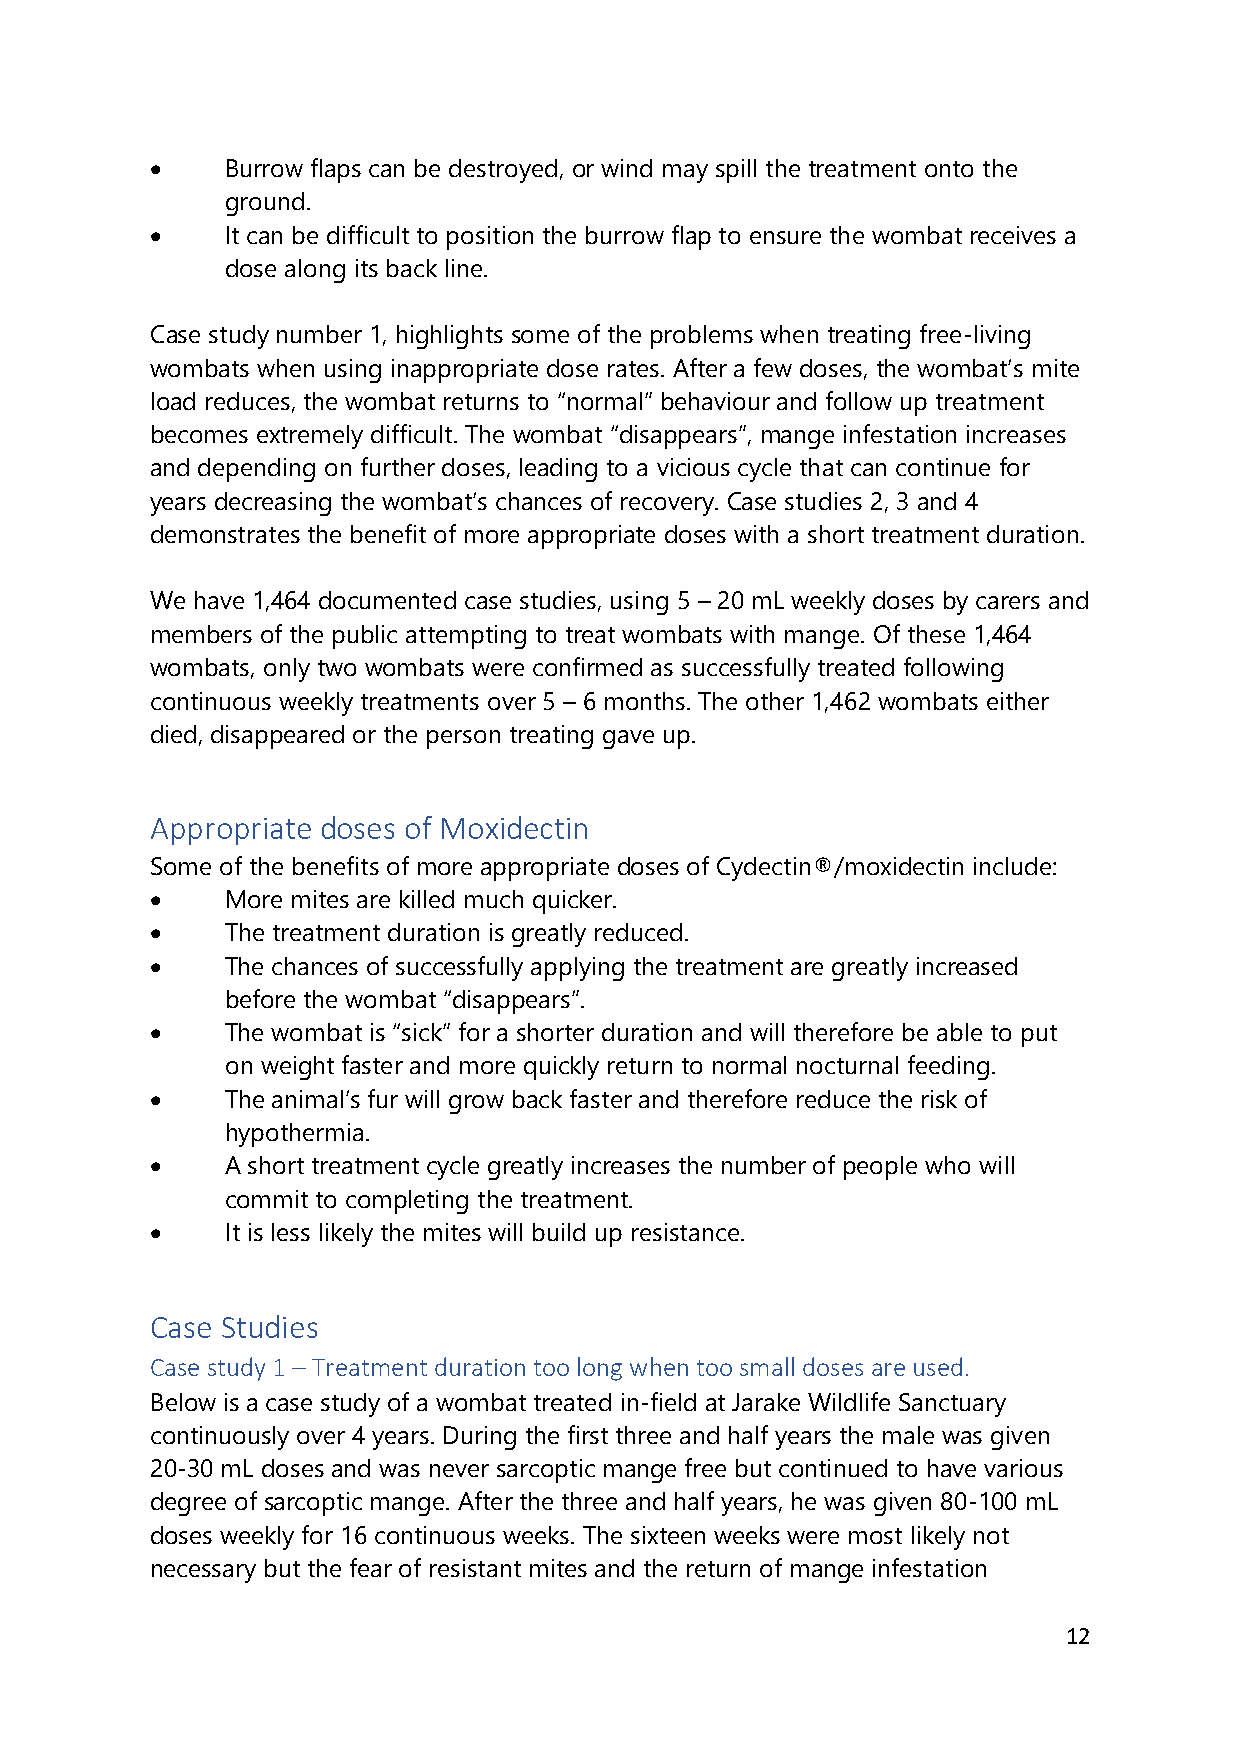
•    Burrow flaps can be destroyed, or wind may spill the treatment onto the
 ground.
 •    It can be difficult to position the burrow flap to ensure the wombat receives a
 dose along its back line.
 Case study number 1, highlights some of the problems when treating free-living
 wombats when using inappropriate dose rates. After a few doses, the wombat’s mite
 load reduces, the wombat returns to “normal” behaviour and follow up treatment
 becomes extremely difficult. The wombat “disappears”, mange infestation increases
 and depending on further doses, leading to a vicious cycle that can continue for
 years decreasing the wombat’s chances of recovery. Case studies 2, 3 and 4
 demonstrates the benefit of more appropriate doses with a short treatment duration.
 We have 1,464 documented case studies, using 5 – 20 mL weekly doses by carers and
 members of the public attempting to treat wombats with mange. Of these 1,464
 wombats, only two wombats were confirmed as successfully treated following
 continuous weekly treatments over 5 – 6 months. The other 1,462 wombats either
 died, disappeared or the person treating gave up.
 Appropriate doses of Moxidectin
 Some of the benefits of more appropriate doses of Cydectin®/moxidectin include:
 •    More mites are killed much quicker.
 •    The treatment duration is greatly reduced.
 •    The chances of successfully applying the treatment are greatly increased
 before the wombat “disappears”.
 •    The wombat is “sick” for a shorter duration and will therefore be able to put
 on weight faster and more quickly return to normal nocturnal feeding.
 •    The animal’s fur will grow back faster and therefore reduce the risk of
 hypothermia.
 •    A short treatment cycle greatly increases the number of people who will
 commit to completing the treatment.
 •    It is less likely the mites will build up resistance.
 Case Studies
 Case study 1 – Treatment duration too long when too small doses are used.
 Below is a case study of a wombat treated in-field at Jarake Wildlife Sanctuary
 continuously over 4 years. During the first three and half years the male was given
 20-30 mL doses and was never sarcoptic mange free but continued to have various
 degree of sarcoptic mange. After the three and half years, he was given 80-100 mL
 doses weekly for 16 continuous weeks. The sixteen weeks were most likely not
 necessary but the fear of resistant mites and the return of mange infestation
 12